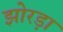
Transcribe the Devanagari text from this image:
झोरड़ा